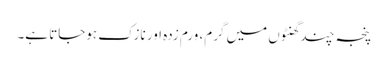
پنجہ چند گھنٹوں میں گرم، ورم زدہ اور نازک ہوجاتا ہے۔